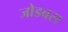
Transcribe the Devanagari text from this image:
जोडबस